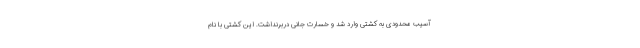
آسیب محدودی به کشتی وارد شد و خسارت جانی دربرنداشت. این کشتی با نام